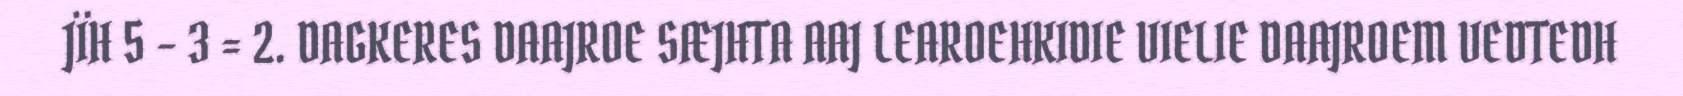
JÏH 5 – 3 = 2. DAGKERES DAAJROE SÆJHTA AAJ LEAROEHKIDIE VIELIE DAAJROEM VEDTEDH